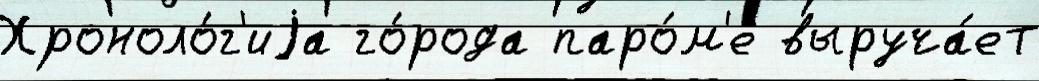
Хроноло́г'иjа го́рода паро́м'е выруча́ет